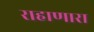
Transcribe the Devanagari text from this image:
राहाणारा